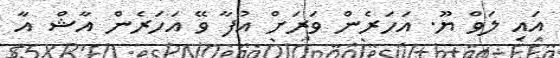
އައި ލަވް ޔޫ. އަހަރެން ވަރަށް އުފާ ވޭ އަހަރެން އާޝް އާ